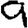
Digit: 9